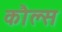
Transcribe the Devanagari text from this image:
कौल्स